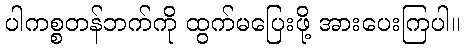
ပါကစ္စတန်ဘက်ကို ထွက်မပြေးဖို့ အားပေးကြပါ။